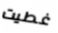
غطيت